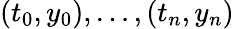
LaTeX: (t_{0},y_{0}),\ldots,(t_{n},y_{n})